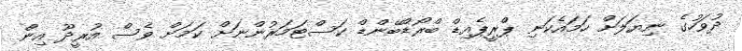
ދުވަހުގެ ނިޔަލަށް ހަމައެކަނި ޕްރީޕެއިޑް ބްރޯޑްބޭންޑް ކަސްޓަމަރުންނަށް ކަމަށް ވެސް އުރީދޫ އިން